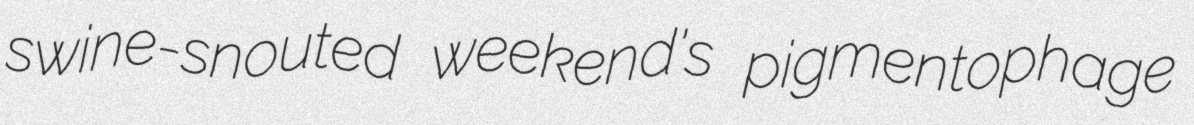
swine-snouted weekend's pigmentophage